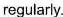
regularly.